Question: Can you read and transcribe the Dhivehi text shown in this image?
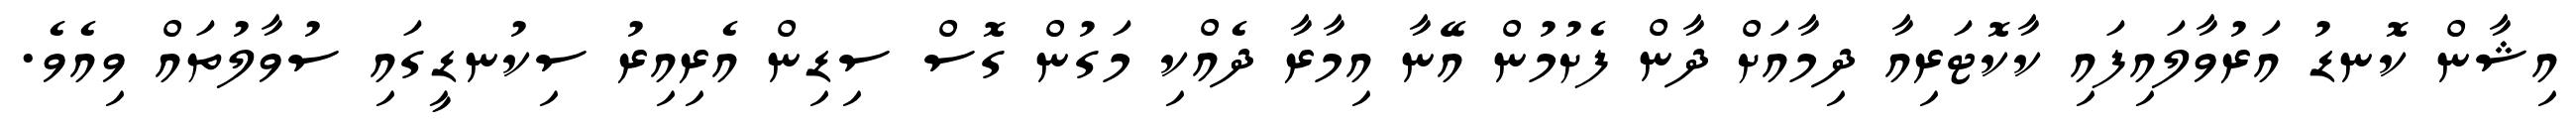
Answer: އިޝާން ކޮނޑު އަރުވާލައިފައި ކާކޮޓަރިއާ ދިމާއަށް ދާން ފެށުމުން އޭނާ އިމާރާ ދެއްކި މަގުން ގޮސް ސިޑިން އެރިއިރު ސިކުނޑީގައި ސުވާލުތައް ވިއެވެ.